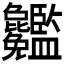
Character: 𥃢